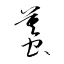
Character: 蟇